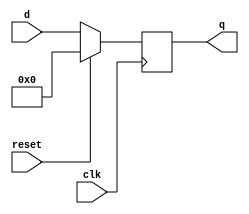
module top_module (
    input clk,
    input reset,            // Synchronous reset
    input [7:0] d,
    output [7:0] q
);
    always@(posedge clk)
        begin
            if(!reset)  
                q <= d;
           	else  //ߵƽλ
            	q <= 0;        
        end
endmodule